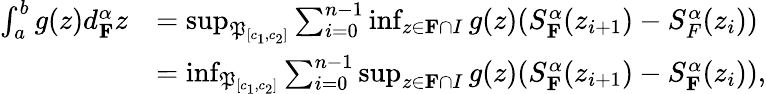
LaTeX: \begin{array}{rl}{\int_{a}^{b}g(z)d_{\mathbf{F}}^{\alpha}z}&{=\operatorname*{sup}_{\mathfrak{P}_{[c_{1},c_{2}]}}\sum_{i=0}^{n-1}\operatorname*{inf}_{z\in\mathbf{F}\cap I}g(z)(S_{\mathbf{F}}^{\alpha}(z_{i+1})-S_{F}^{\alpha}(z_{i}))}\\ &{=\operatorname*{inf}_{\mathfrak{P}_{[c_{1},c_{2}]}}\sum_{i=0}^{n-1}\operatorname*{sup}_{z\in\mathbf{F}\cap I}g(z)(S_{\mathbf{F}}^{\alpha}(z_{i+1})-S_{\mathbf{F}}^{\alpha}(z_{i})),}\end{array}